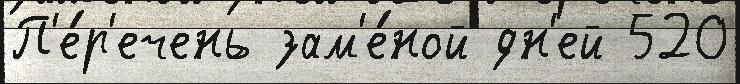
П'е́р'ечень зам'е́ной дн'ей 520